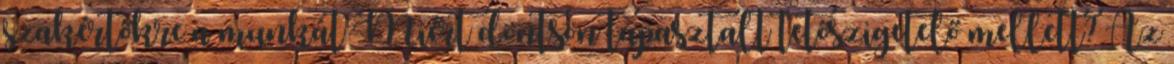
szakértőkre a munkát Miért döntsön tapasztalt tetőszigetelő mellett? Az